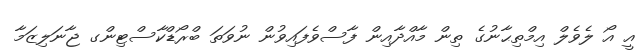
އީ އޯ ލެވެލް އިމްތިޙާނުގެ ތިން މާއްދާއިން ފާސްވެފައިވުން ނުވަތަ ބްރޯޑްކާސްޓިންގ ޖާނަލިޒަމާ